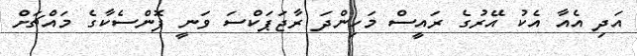
އަދި އެއާ އެކު އޭރުގެ ރައީސް މަހިންދަ ރާޖަޕަކްސަ ވަނީ ފޮންސެކާގެ މައްޗަށް